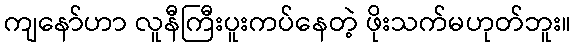
ကျနော်ဟာ လူနီကြီးပူးကပ်နေတဲ့ ဖိုးသက်မဟုတ်ဘူး။